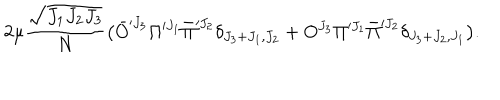
LaTeX: 2 \mu { \frac { \sqrt { J _ { 1 } J _ { 2 } J _ { 3 } } } { N } } \big ( \bar { O } ^ { \prime J _ { 3 } } \Pi ^ { \prime J _ { 1 } } \bar { \Pi } ^ { \prime J _ { 2 } } \delta _ { J _ { 3 } + J _ { 1 } , J _ { 2 } } + O ^ { J _ { 3 } } \Pi ^ { \prime J _ { 1 } } \bar { \Pi } ^ { \prime J _ { 2 } } \delta _ { J _ { 3 } + J _ { 2 } , J _ { 1 } } \big ) .